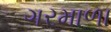
ગરમાળા